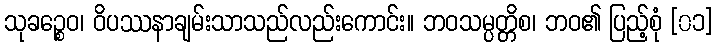
သုခဉ္စေဝ၊ ဝိပဿနာချမ်းသာသည်လည်းကောင်း။ ဘဝသမ္ပတ္တိစ၊ ဘဝ၏ ပြည့်စုံ [၀၁]